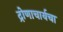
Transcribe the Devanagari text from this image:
द्रोणाचार्यचा